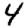
Digit: 4